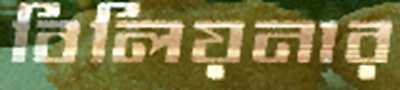
বিলিয়নার